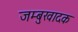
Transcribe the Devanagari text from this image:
जम्बुखादक